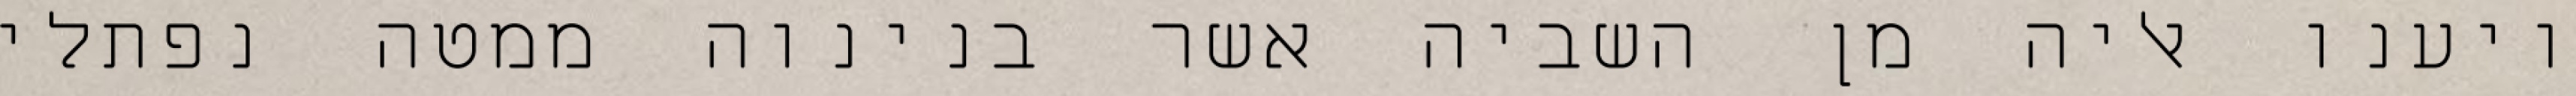
ויענו אליה מן השביה אשר בנינוה ממטה נפתלי